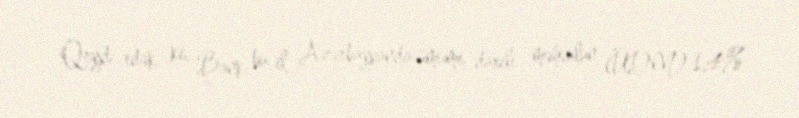
Qeyd edək ki, Bank bu il Azərbaycanda ümumi daxili məhsulun (ÜDM) 1,4%